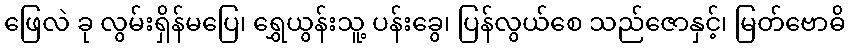
ဖြေလဲ ခု လွမ်းရှိန်မပြေ၊ ရွှေယွန်းသူ့ ပန်းခွေ၊ ပြန်လွယ်စေ သည်ဇောနှင့်၊ မြတ်ဗောဓိ